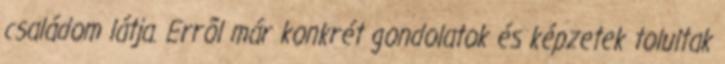
családom látja. Errõl már konkrét gondolatok és képzetek tolultak